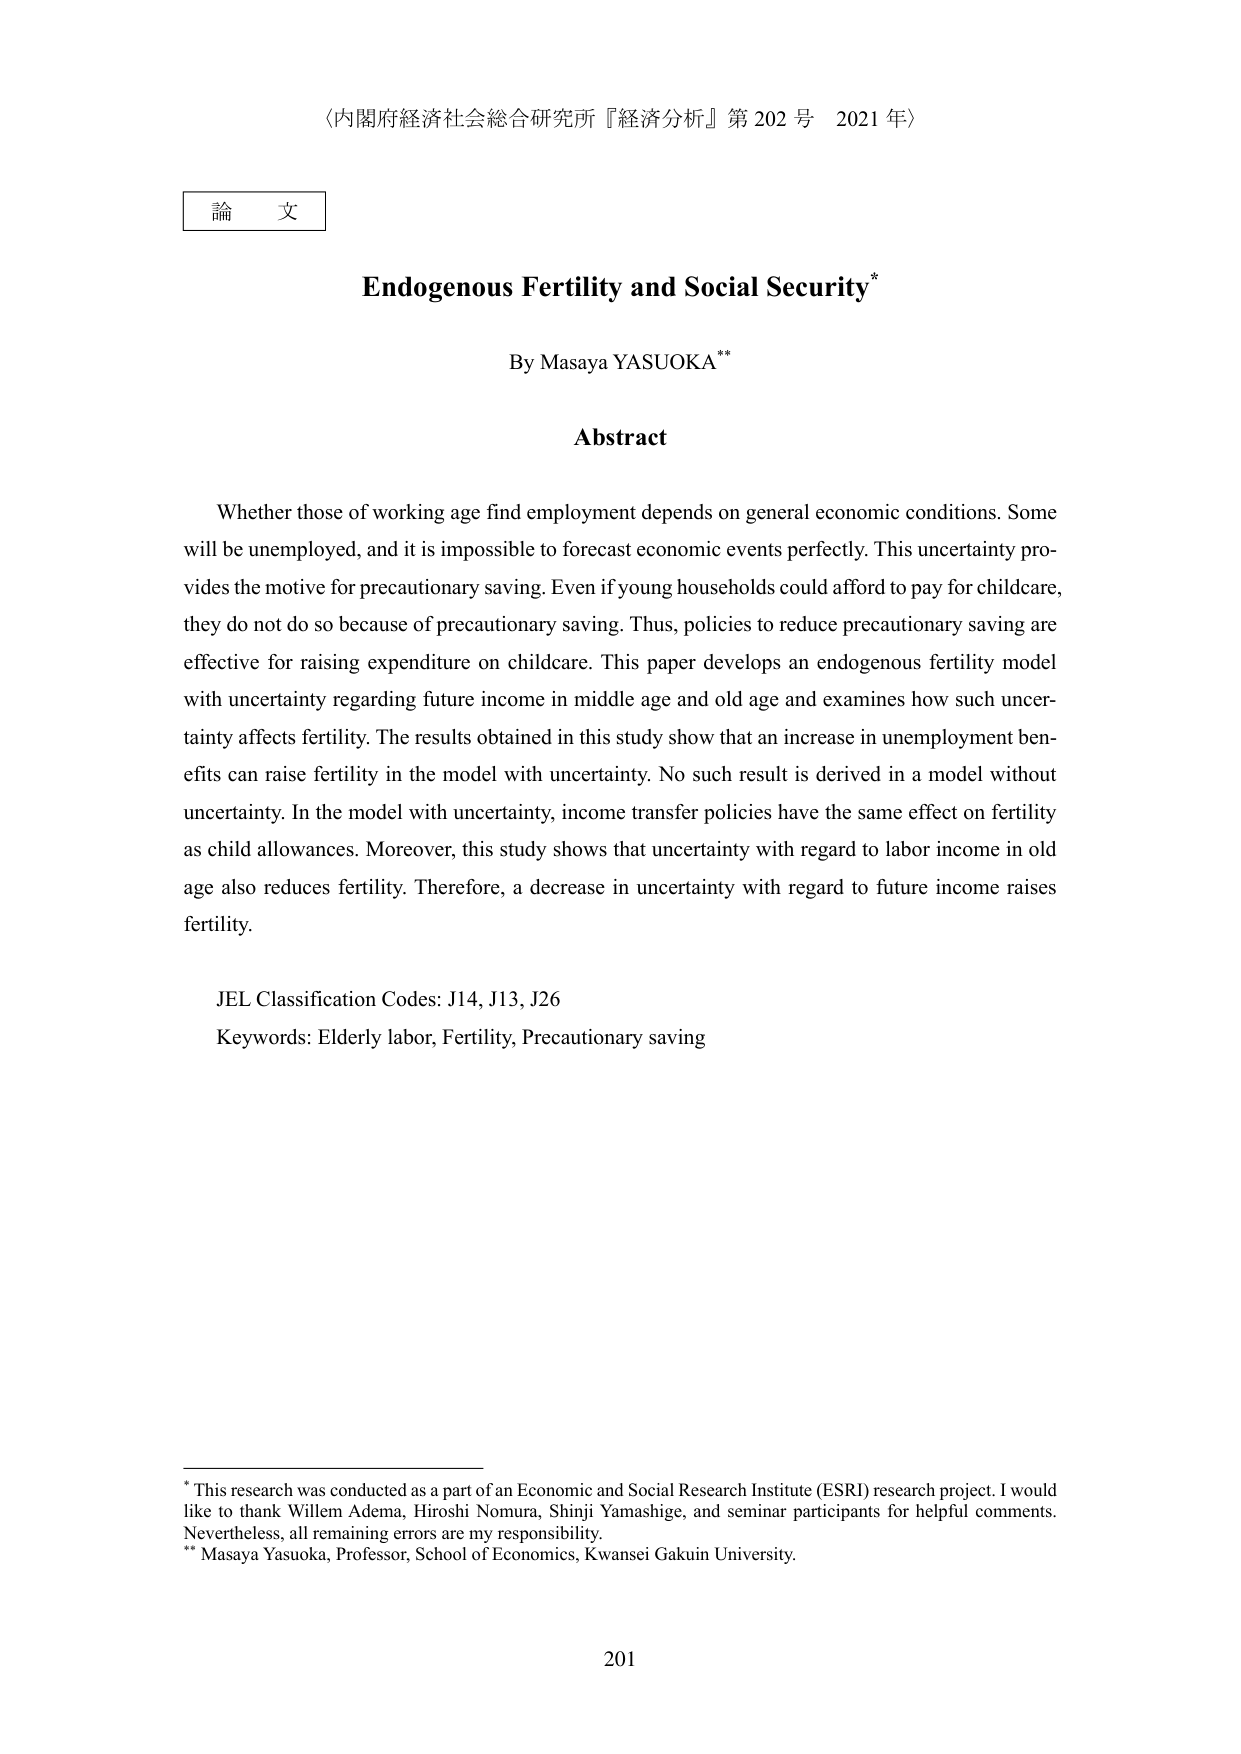
〈内閣府経済社会総合研究所『経済分析』第202号 2021年〉

論文

Endogenous Fertility and Social Security*

By Masaya YASUOKA**

Abstract

Whether those of working age find employment depends on general economic conditions. Some will be unemployed, and it is impossible to forecast economic events perfectly. This uncertainty provides the motive for precautionary saving. Even if young households could afford to pay for childcare, they do not do so because of precautionary saving. Thus, policies to reduce precautionary saving are effective for raising expenditure on childcare. This paper develops an endogenous fertility model with uncertainty regarding future income in middle age and old age and examines how such uncertainty affects fertility. The results obtained in this study show that an increase in unemployment benefits can raise fertility in the model with uncertainty. No such result is derived in a model without uncertainty. In the model with uncertainty, income transfer policies have the same effect on fertility as child allowances. Moreover, this study shows that uncertainty with regard to labor income in old age also reduces fertility. Therefore, a decrease in uncertainty with regard to future income raises fertility.

JEL Classification Codes: J14, J13, J26
Keywords: Elderly labor, Fertility, Precautionary saving

* This research was conducted as a part of an Economic and Social Research Institute (ESRI) research project. I would like to thank Willem Adema, Hiroshi Nomura, Shinji Yamashige, and seminar participants for helpful comments. Nevertheless, all remaining errors are my responsibility.
** Masaya Yasuoka, Professor, School of Economics, Kwansei Gakuin University.

201